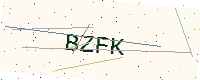
Text: BZFK